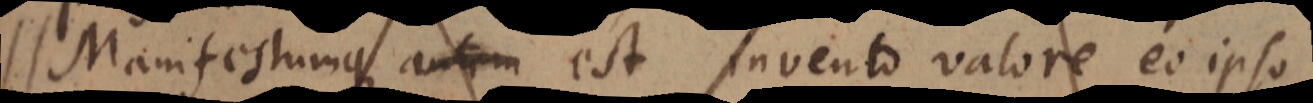
Manifestumque autem est invento valore eo ipso